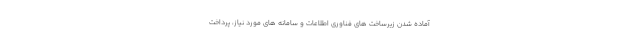
آماده شدن زیرساخت های فناوری اطلاعات و سامانه های مورد نیاز، پرداخت